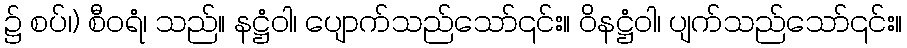
၌ စပ်၊) စီဝရံ၊ သည်။ နဋ္ဌံဝါ၊ ပျောက်သည်သော်၎င်း။ ဝိနဋ္ဌံဝါ၊ ပျက်သည်သော်၎င်း။